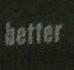
better